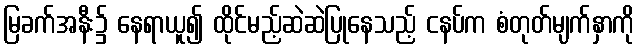
မြခက်အနီး၌ နေရာယူ၍ ထိုင်မည့်ဆဲဆဲပြုနေသည့် ငနပ်က စံတုတ်မျက်နှာကို